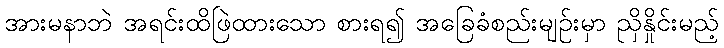
အားမနာဘဲ အရင်းထိဖြဲထားသော စားရ၍ အခြေခံစည်းမျဉ်းမှာ ညှိနှိုင်းမည့်